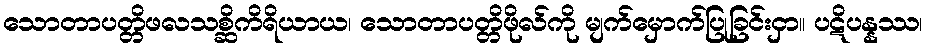
သောတာပတ္တိဖလသစ္ဆိကိရိယာယ၊ သောတာပတ္တိဖိုလ်ကို မျက်မှောက်ပြုခြင်းငှာ။ ပဋိပန္နဿ၊